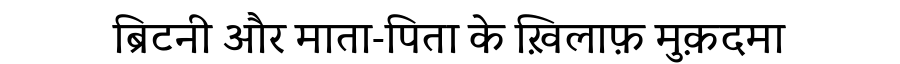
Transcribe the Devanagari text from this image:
ब्रिटनी और माता-पिता के ख़िलाफ़ मुक़दमा